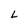
Character: L